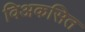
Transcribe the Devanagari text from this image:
विअकसित